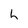
Character: h